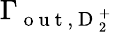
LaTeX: \Gamma_{\mathrm{~o~u~t~},\mathrm{~D~}_{2}^{+}}